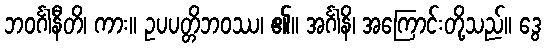
ဘဝင်္ဂါနီတိ၊ ကား။ ဥပပတ္တိဘဝဿ၊ ၏။ အင်္ဂါနိ၊ အကြောင်းတို့သည်။ ဒွေ